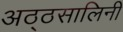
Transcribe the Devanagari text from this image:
अठ्ठसालिनी